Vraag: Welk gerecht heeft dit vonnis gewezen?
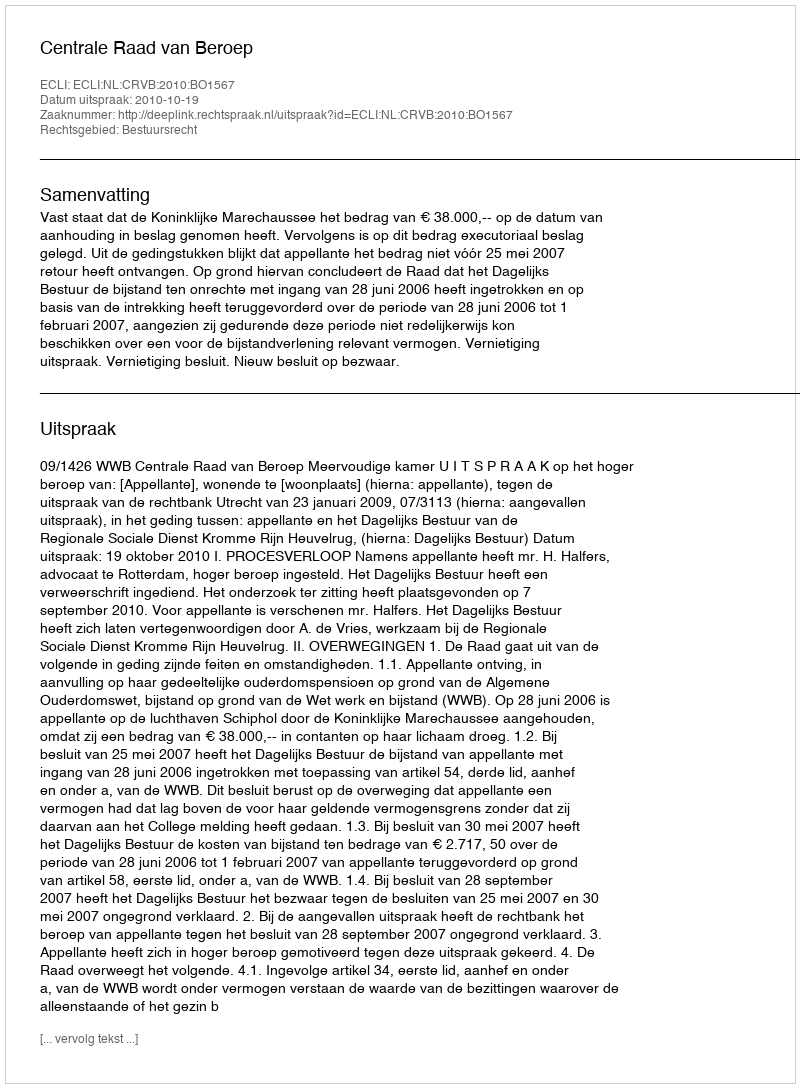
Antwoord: Centrale Raad van Beroep